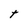
Character: t